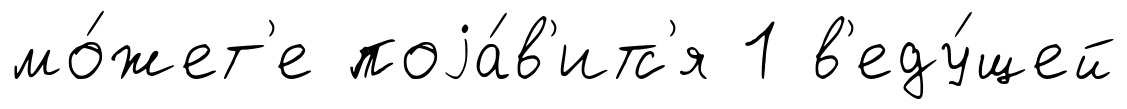
мо́жет'е поjа́в'итс'я 1 в'еду́щей